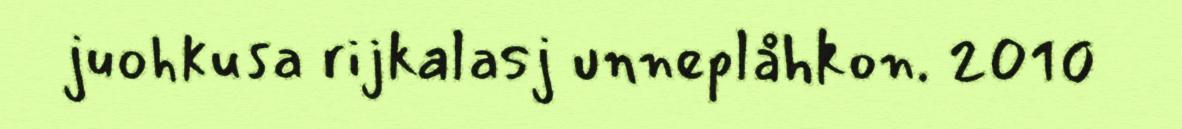
juohkusa rijkalasj unneplåhkon. 2010